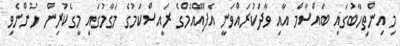
މި އިންތިހާބުގައި ބައްސާމް އާއި ވާދަކުރައްވަނީ އެފްއޭއެމްގެ ރައީސްކަމުގެ މަގާމުގައި މީގެކުރިން ހުންނެވި